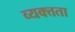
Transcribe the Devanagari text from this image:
व्यक्त्तता